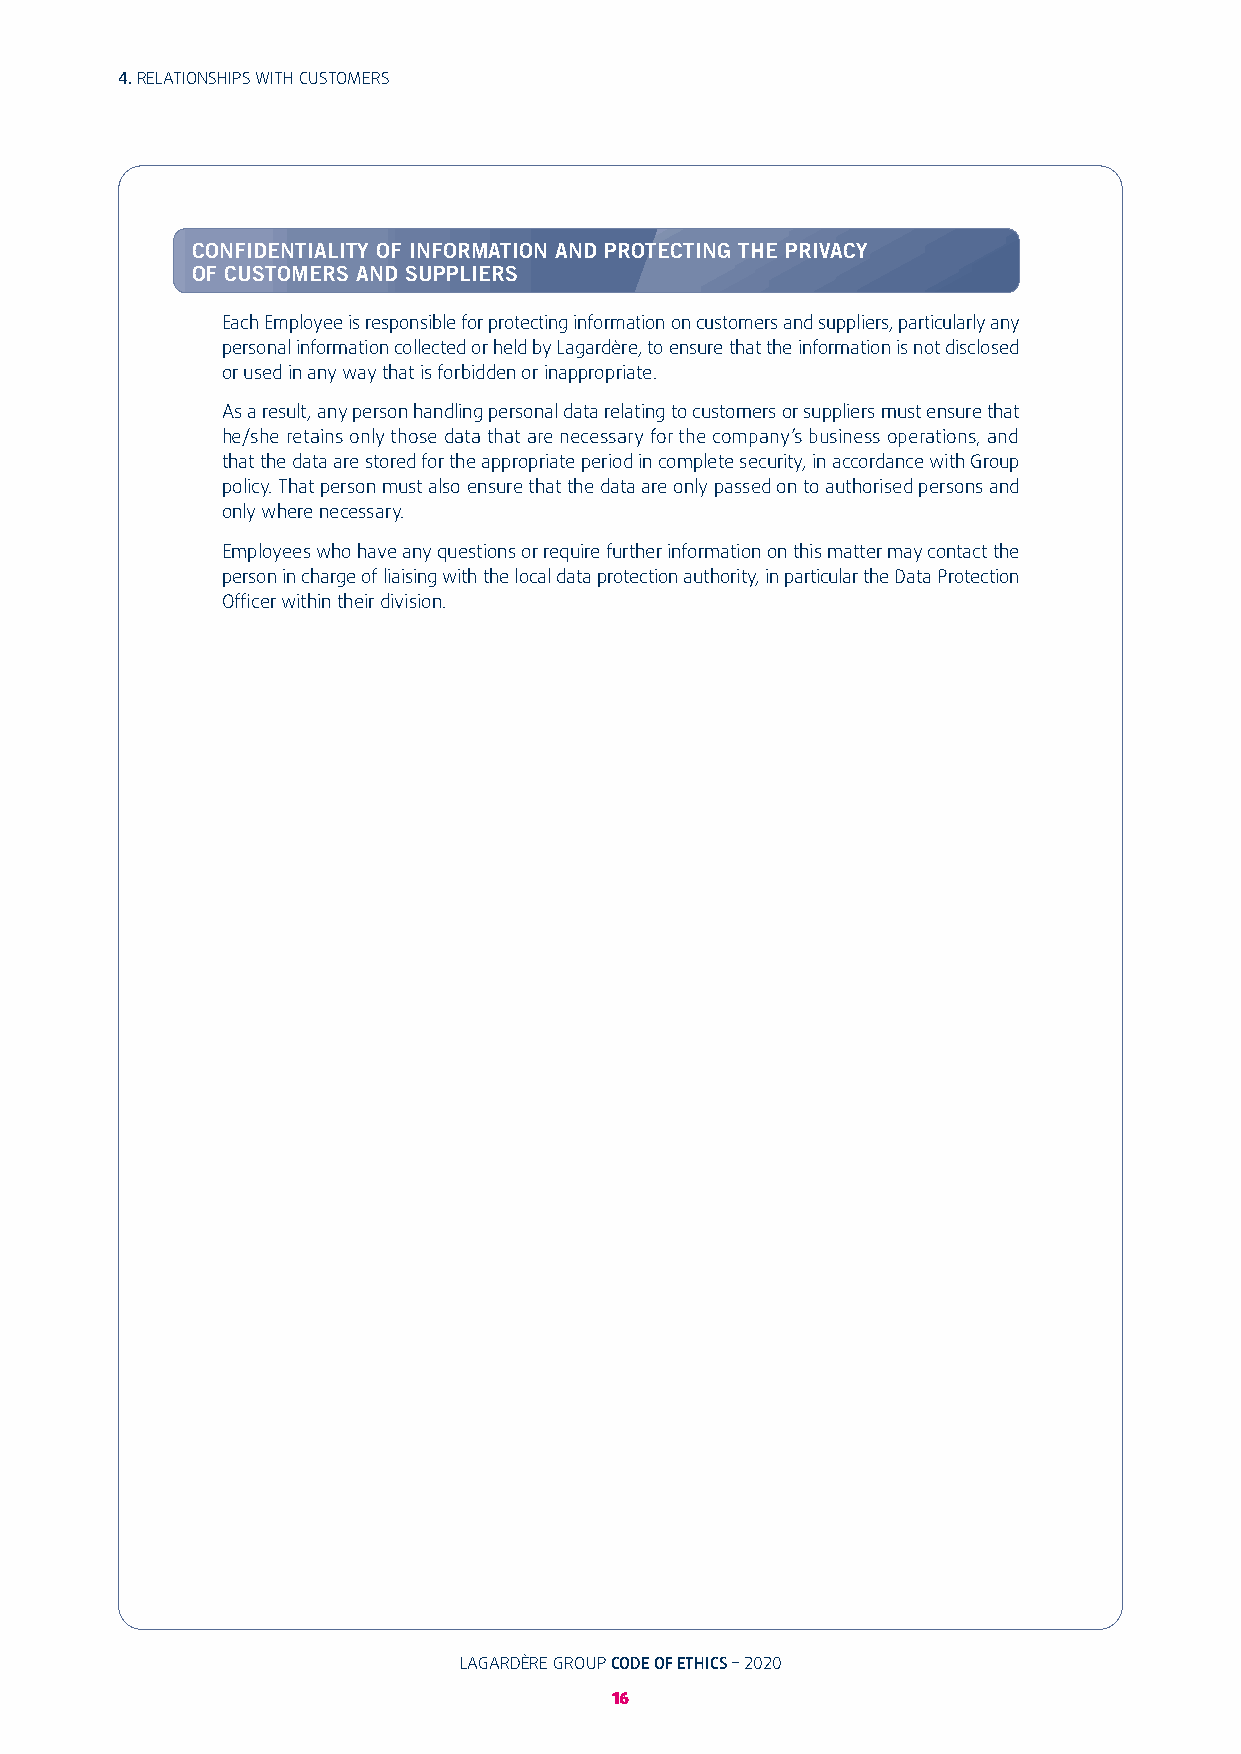
4. RELATIONSHIPS WITH CUSTOMERS
 CONFIDENTIALITY OF INFORMATION AND PROTECTING THE PRIVACY
 OF CUSTOMERS AND SUPPLIERS
 Each Employee is responsible for protecting information on customers and suppliers, particularly any
 personal information collected or held by Lagardère, to ensure that the information is not disclosed
 or used in any way that is forbidden or inappropriate�
 As a result, any person handling personal data relating to customers or suppliers must ensure that
 he/she retains only those data that are necessary for the company’s business operations, and
 that the data are stored for the appropriate period in complete security, in accordance with Group
 policy� That person must also ensure that the data are only passed on to authorised persons and
 only where necessary�
 Employees who have any questions or require further information on this matter may contact the
 person in charge of liaising with the local data protection authority, in particular the Data Protection
 Officer within their division�
 LAGARDÈRE GROUP CODE OF ETHICS – 2020                                              LAGARDÈRE GROUP CODE OF ETHICS – 2020
 16